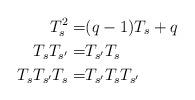
LaTeX: \begin{align*} T_s^2=&(q-1)T_s+q&&\\ T_sT_{s'}=&T_{s'}T_s&&\\ T_sT_{s'}T_s=&T_{s'}T_sT_{s'}&& \end{align*}